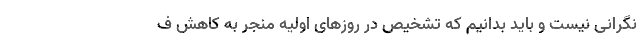
نگرانی نیست و باید بدانیم که تشخیص در روزهای اولیه منجر به کاهش ف